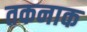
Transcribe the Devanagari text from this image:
तकनाक